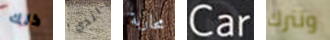
ذلك الذي محاربة Car وتترك